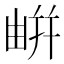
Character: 𢆟